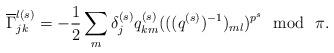
LaTeX: \begin{align*}\overline{\Gamma}_{jk}^{l(s)}= -\frac{1}{2} \sum_m \delta_j^{(s)}q^{(s)}_{km}(((q^{(s)})^{-1})_{ml})^{p^s}\ \ \textup{mod}\ \ \pi.\end{align*}